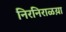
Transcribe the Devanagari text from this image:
निरनिराळय़ा